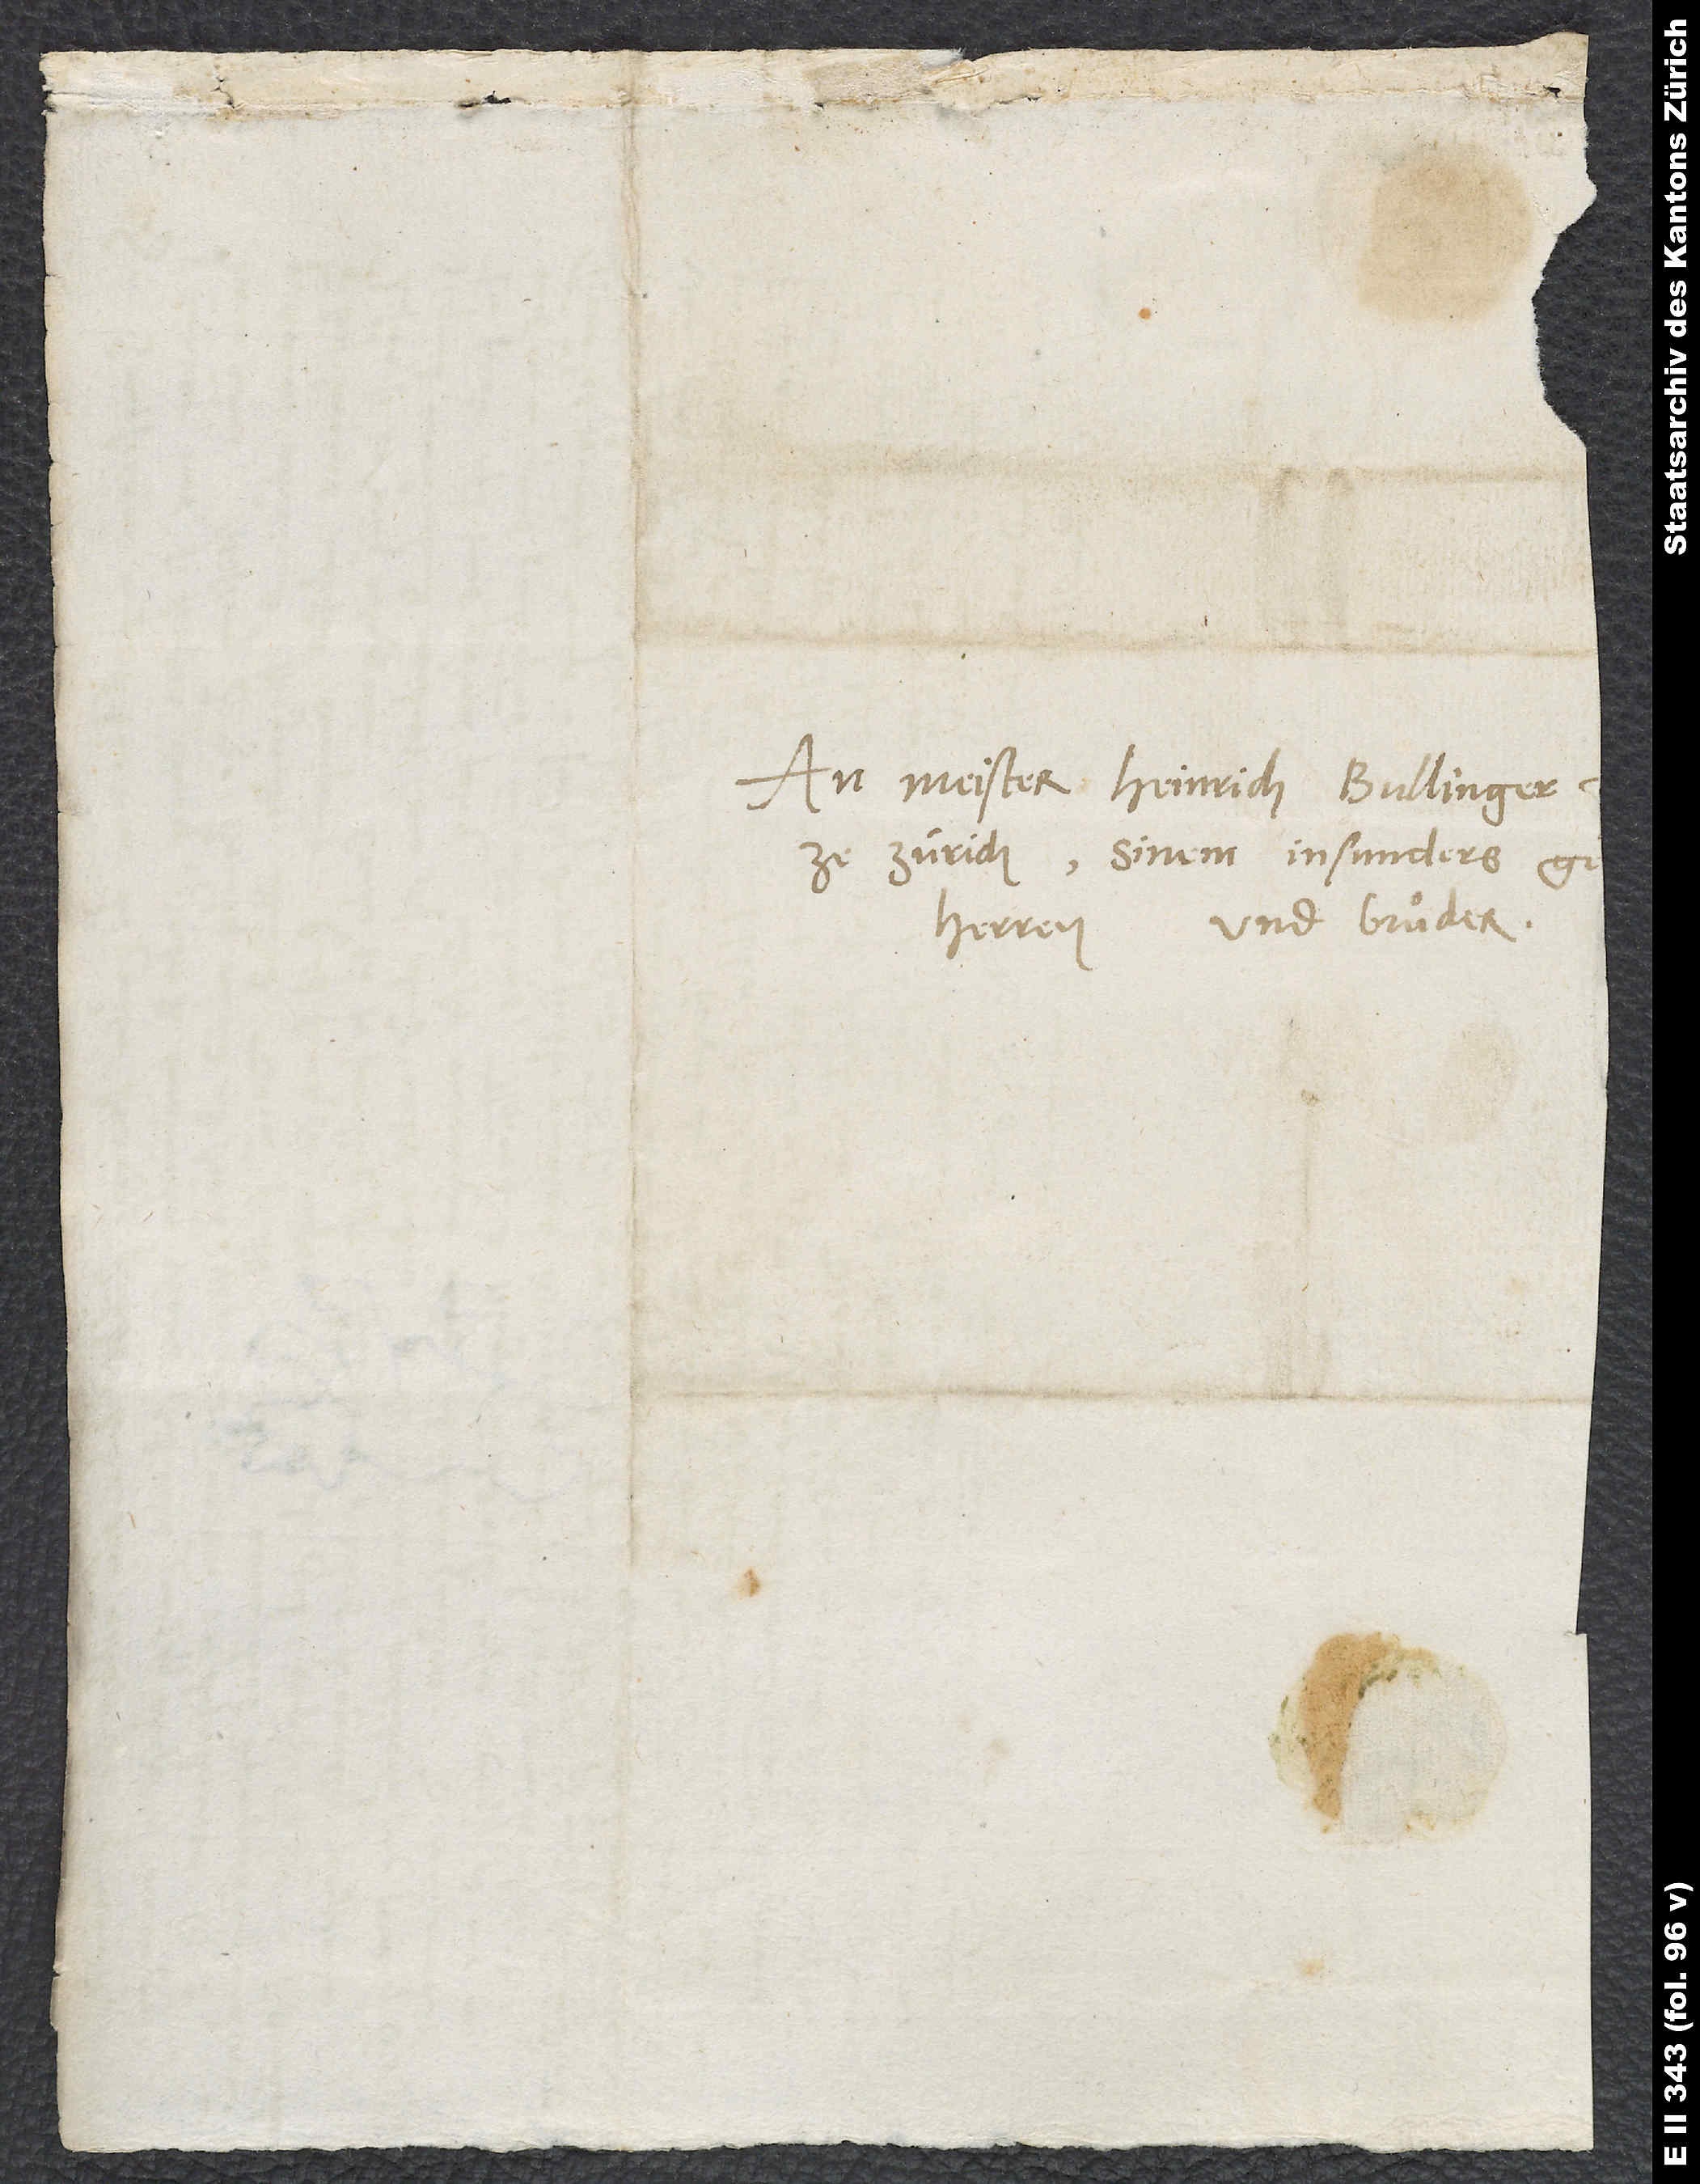
An Meister Heinrich Bullinger,
herren und bruͦder.